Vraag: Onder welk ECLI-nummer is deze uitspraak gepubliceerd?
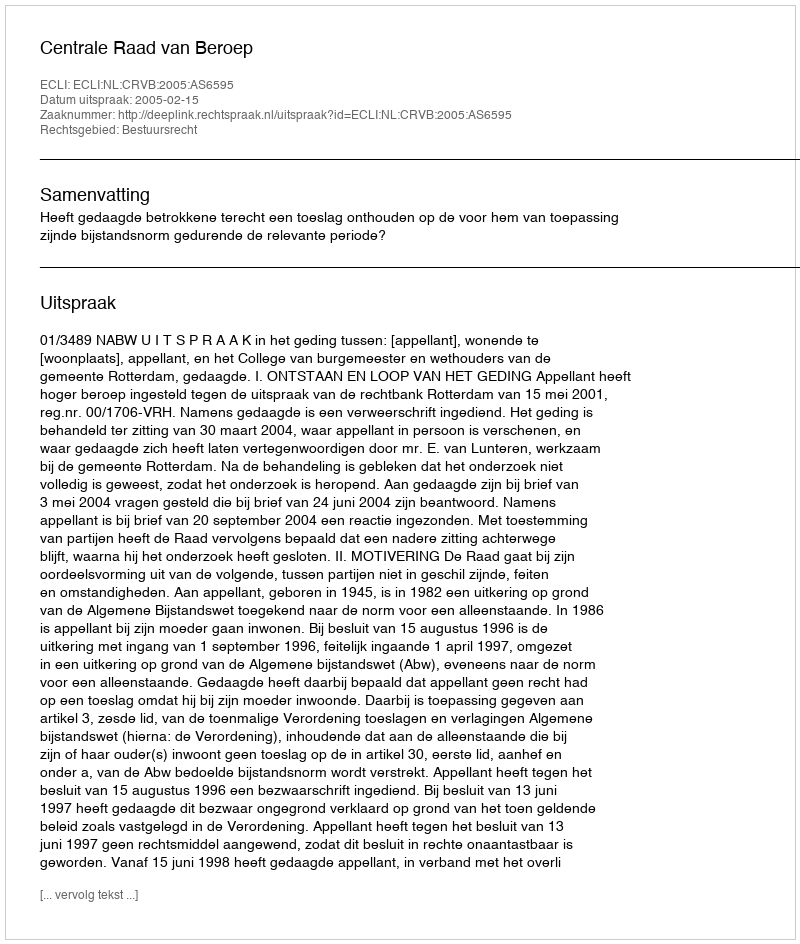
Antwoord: ECLI:NL:CRVB:2005:AS6595